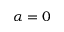
\alpha = 0